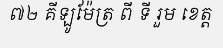
៧២ គីឡូម៉ែត្រ ពី ទី រួម ខេត្ត